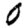
Digit: 0